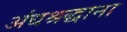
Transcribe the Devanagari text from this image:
अंधश्रद्धाना